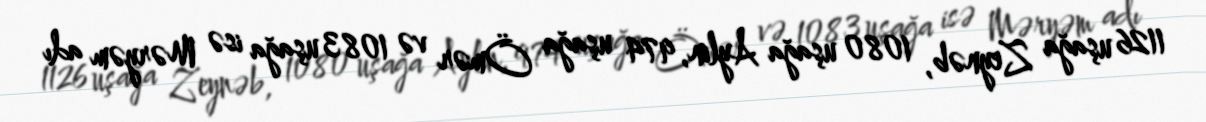
1126 uşağa Zeynəb, 1080 uşağa Aylin, 974 uşağa Ömər və 1083 uşağa isə Məryəm adı